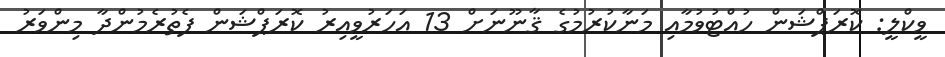
ވީކްލީ: ކޮރަޕްޝަން ހުއްޓުވުމާއި މަނާކުރުމުގެ ޤާނޫނަށް 13 އަހަރުވީއިރު ކޮރަޕްޝަން ފެތުރެމުންދާ މިންވަރު